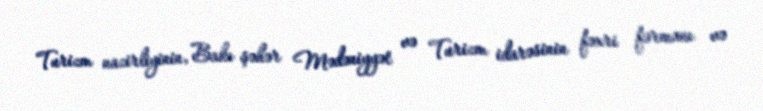
Turizm nazirliyinin, Bakı şəhər Mədəniyyət və Turizm idarəsinin fəxri fərmanı və